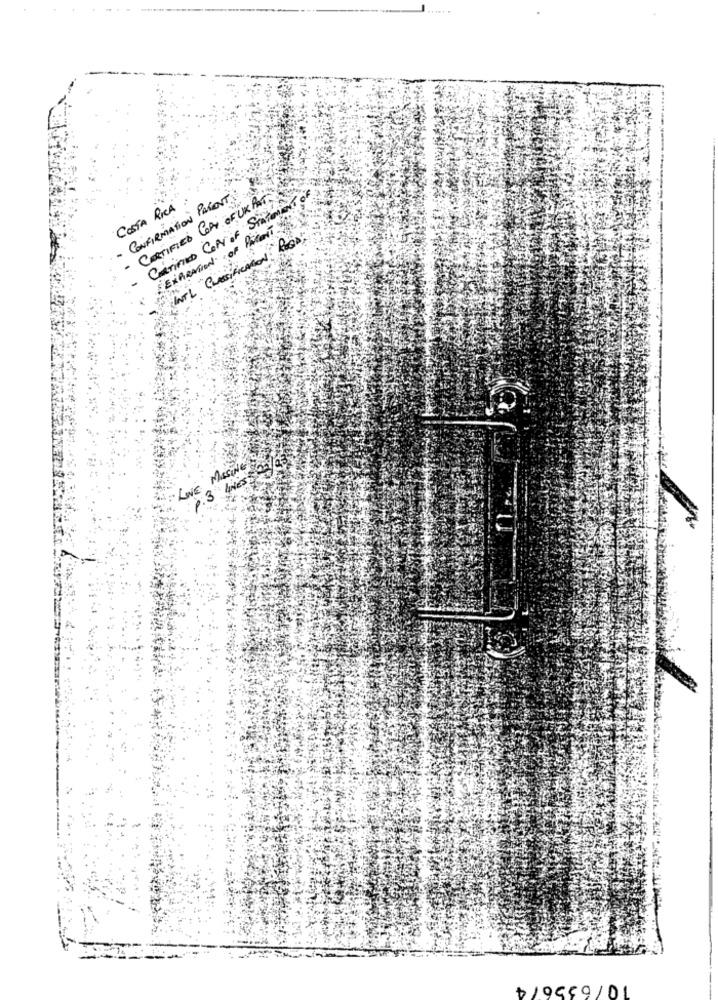
CERTIFIED COPY OF UK POT
CONFIRMATION PATENT
Crimes CON of STATEMENT of
COSTA RICA
:EXPRATION OF PARENT
HANTL CLASSIFICATION ROOD :
LIVE MASING
P. 3 4NES
blocca/01